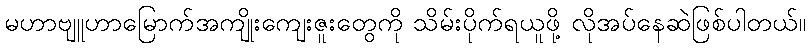
မဟာဗျူဟာမြောက်အကျိုးကျေးဇူးတွေကို သိမ်းပိုက်ရယူဖို့ လိုအပ်နေဆဲဖြစ်ပါတယ်။